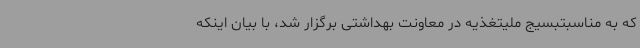
که به مناسبتبسیج ملیتغذیه در معاونت بهداشتی برگزار شد، با بیان اینکه